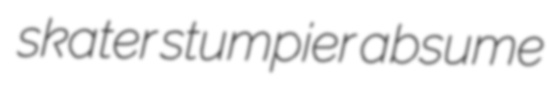
skater stumpier absume